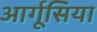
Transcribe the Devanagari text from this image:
आर्गूसिया